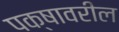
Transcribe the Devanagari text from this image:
पक्षावरील